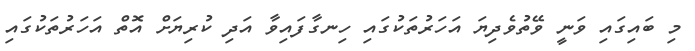
މި ބައިގައި ވަނީ ވޭތުވެދިޔަ އަހަރުތަކުގައި ހިނގާފައިވާ އަދި ކުރިޔަށް އޮތް އަހަރުތަކުގައި